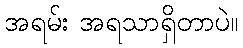
အရမ်း အရသာရှိတာပဲ။